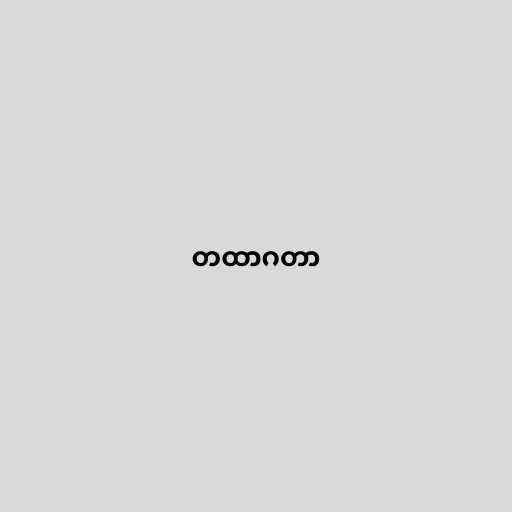
တထာဂတာ